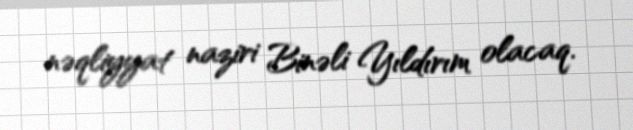
nəqliyyat naziri Binəli Yıldırım olacaq.